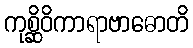
ကုစ္ဆိဝိကာရာဗာဓောတိ